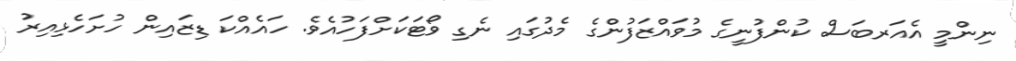
ނިންމީ އެއަރބަސް ކުންފުނީގެ މުވައްޒަފުންގެ މެދުގައި ނެގި ވޯޓަކަށްފަހުއެވެ. ހައެއްކަ ޑިޒައިން ހުށަހެޅިއިރު